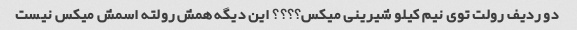
دو ردیف رولت توی نیم کیلو شیرینی میکس؟؟؟؟ این دیگه همش رولته اسمش میکس نیست